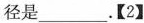
径是_____。【2】